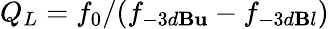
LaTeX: Q_{L}=f_{0}/(f_{-3d\mathbf{B}\mathbf{u}}-f_{-3d\mathbf{B}l})